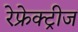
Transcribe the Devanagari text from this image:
रेफ्रेक्ट्रीज